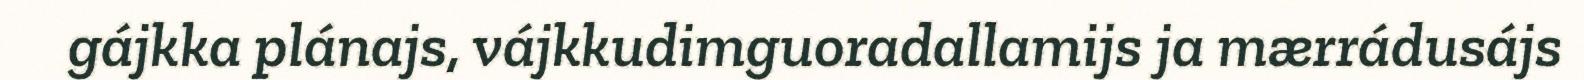
gájkka plánajs, vájkkudimguoradallamijs ja mærrádusájs